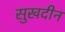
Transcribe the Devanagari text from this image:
सुखदीन